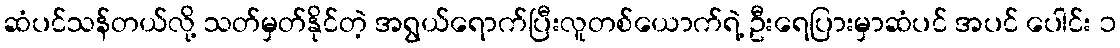
ဆံပင်သန်တယ်လို့ သတ်မှတ်နိုင်တဲ့ အရွယ်ရောက်ပြီးလူတစ်ယောက်ရဲ့ ဦးရေပြားမှာဆံပင် အပင် ပေါင်း ၁